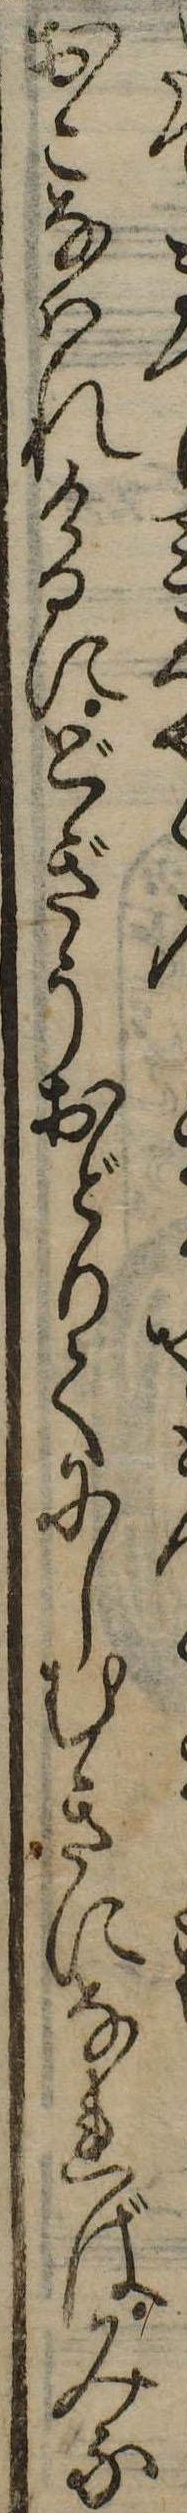
たまおこなはれけるにどぎうおどりてにしむきになればみな